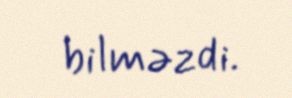
bilməzdi.